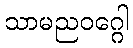
သာမညဝဂ္ဂေါ